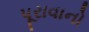
પૂરાવાનો